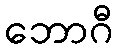
ဘောဂီ